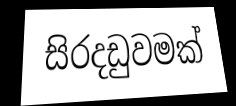
සිරදඩුවමක්